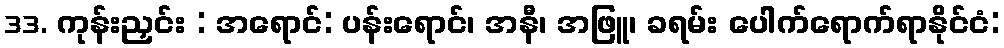
33. ကုန်းညှင်း : အရောင်: ပန်းရောင်၊ အနီ၊ အဖြူ၊ ခရမ်း ပေါက်ရောက်ရာနိုင်ငံ: